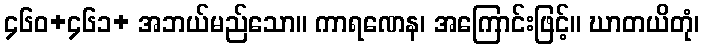
၄၆၀+၄၆၁+ အဘယ်မည်သော။ ကာရဏေန၊ အကြောင်းဖြင့်။ ဃာတယိတုံ၊